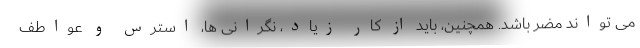
می تواند مضر باشد. همچنین، باید از کار زیاد، نگرانی ها، استرس و عواطف